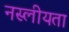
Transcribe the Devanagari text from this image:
नस्लीयता